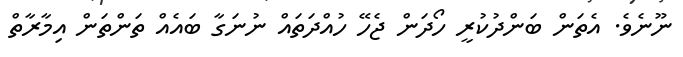
ނޫނެވެ. އެތަން ބަންދުކުރީ ހޯދަން ޖެހޭ ހުއްދަތައް ނުނަގާ ބައެއް ތަންތަން އިމާރާތް